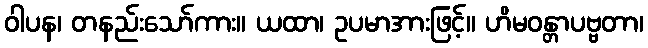
ဝါပန၊ တနည်းသော်ကား။ ယထာ၊ ဥပမာအားဖြင့်။ ဟိမဝန္တာပဗ္ဗတာ၊